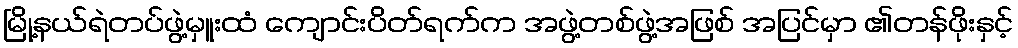
မြို့နယ်ရဲတပ်ဖွဲ့မှူးထံ ကျောင်းပိတ်ရက်က အဖွဲ့တစ်ဖွဲ့အဖြစ် အပြင်မှာ ၏တန်ဖိုးနှင့်